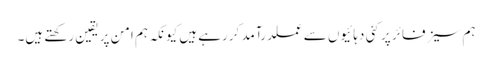
ہم سیز فائر پر کئی دہائیوں سے عملدرآمد کررہے ہیں کیونکہ ہم امن پر یقین رکھتے ہیں۔